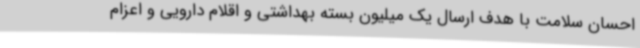
احسان سلامت با هدف ارسال یک میلیون بسته بهداشتی و اقلام دارویی و اعزام